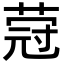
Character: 蒄